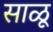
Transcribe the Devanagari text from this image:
साळू